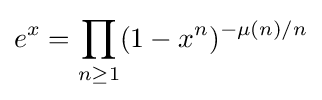
e^{x}=\prod _{n\geq 1}(1-x^{n})^{-\mu (n)/n}